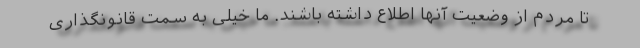
تا مردم از وضعیت آنها اطلاع داشته باشند. ما خیلی به سمت قانونگذاری